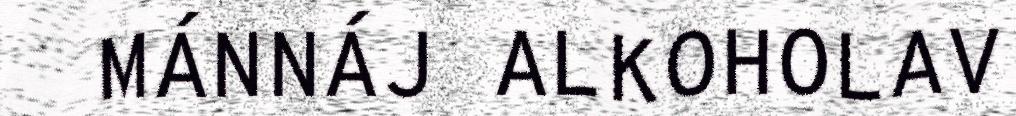
MÁNNÁJ ALKOHOLAV